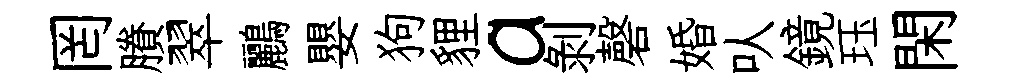
罔賸翠鸝嬰狗貍a剝磬婚㕥鏡珏閑